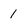
Character: 1